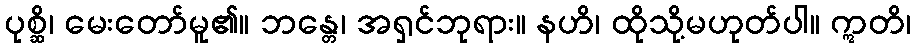
ပုစ္ဆိ၊ မေးတော်မူ၏။ ဘန္တေ၊ အရှင်ဘုရား။ နဟိ၊ ထိုသို့မဟုတ်ပါ။ ဣတိ၊